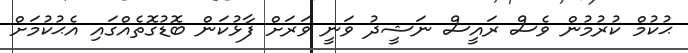
ޙުކުމް ކުރުމުން ވެސް ރައީސް ނަޝީދު ވަނީ ވަރަށް ފާޅުކަން ބޮޑުގޮތެއްގައި އެޙުކުމަށް